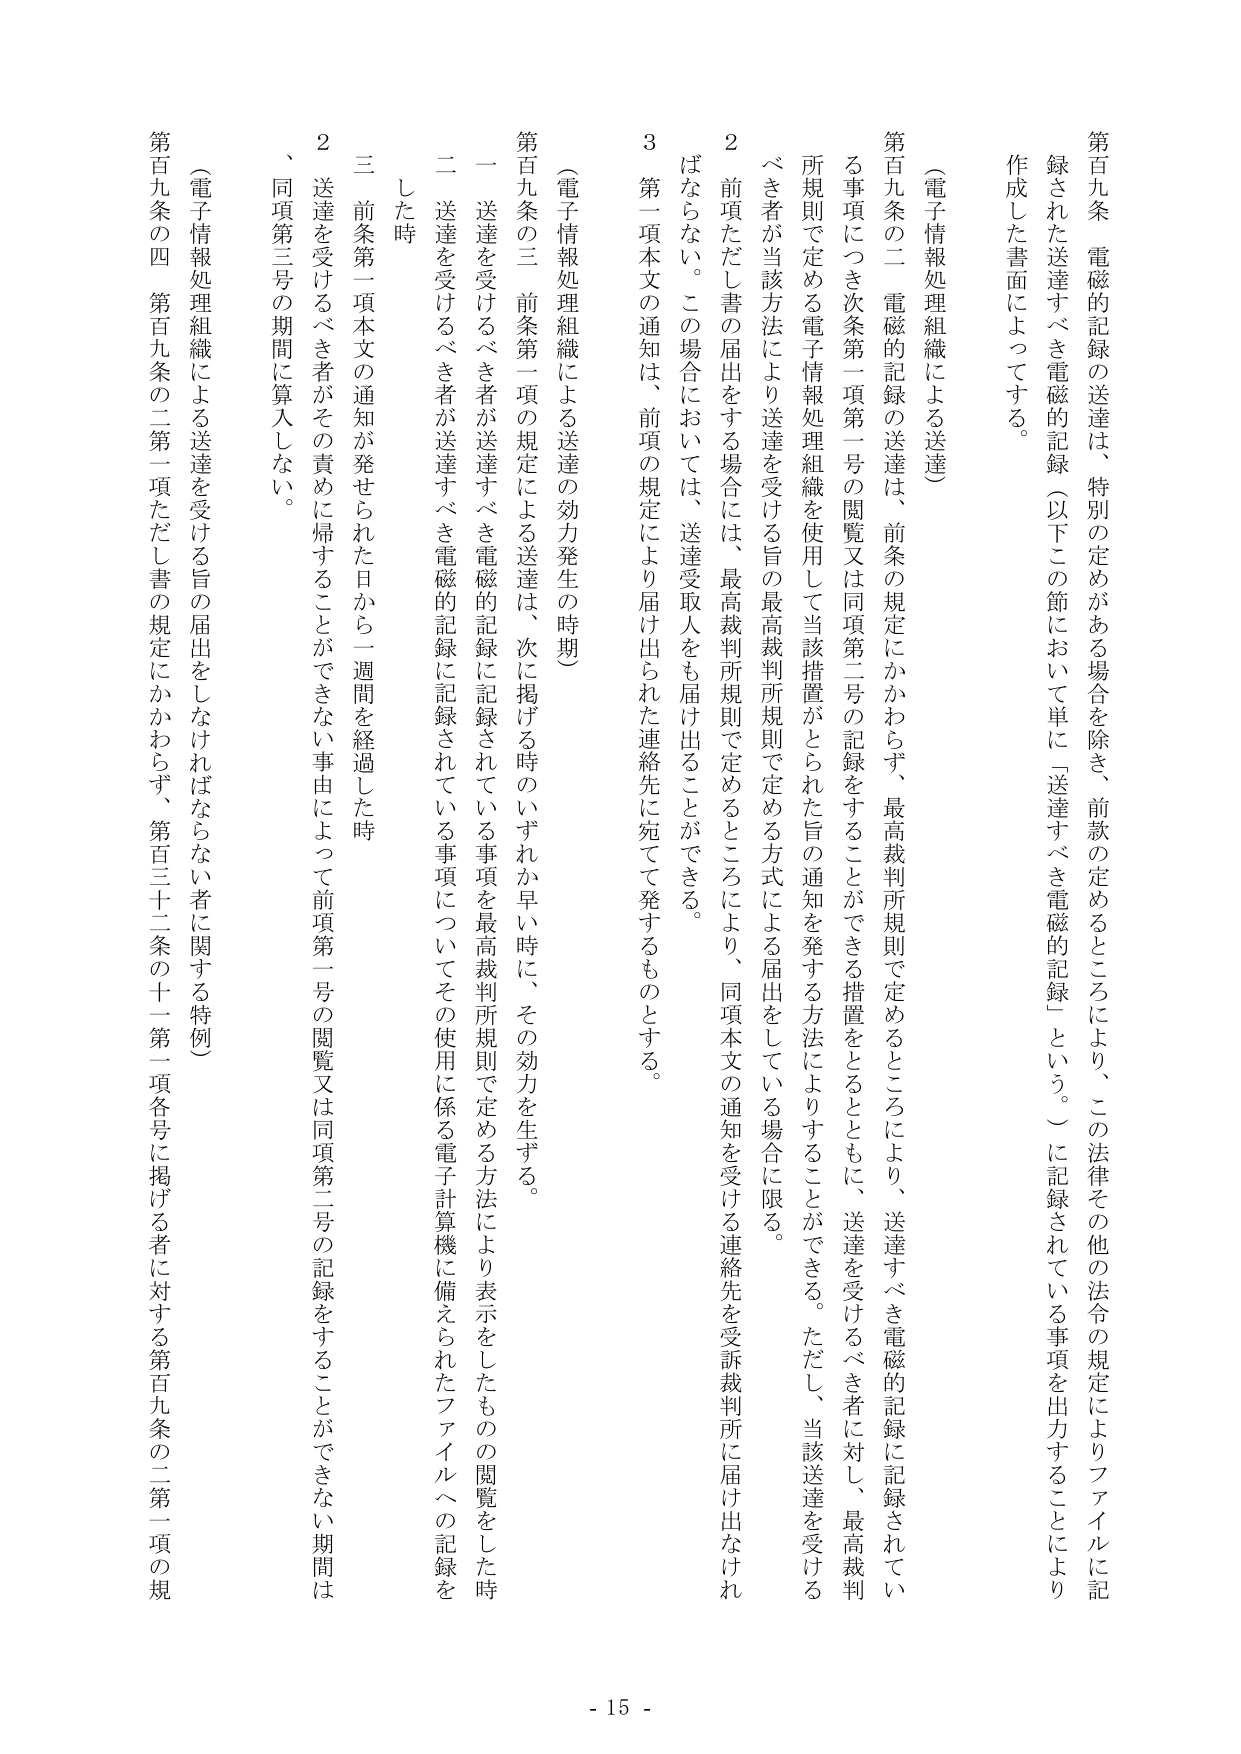
第百九条　電磁的記録の送達は、特別の定めがある場合を除き、前款の定めるところにより、この法律その他の法令の規定によりファイルに記録された送達すべき電磁的記録（以下この節において単に「送達すべき電磁的記録」という。）に記録されている事項を出力することにより作成した書面によってする。

（電子情報処理組織による送達）

第百九条の二　電磁的記録の送達は、前条の規定にかかわらず、最高裁判所規則で定めるところにより、送達すべき電磁的記録に記録されている事項につき次条第一項第一号の閲覧又は同項第二号の記録をすることができる措置をとることともに、送達を受けるべき者に対し、最高裁判所規則で定める電子情報処理組織を使用して当該措置がとられた旨の通知を発する方法によりすることができる。ただし、当該送達を受けるべき者が当該方法により送達を受ける旨の最高裁判所規則で定める方式による届出をしている場合に限る。

２　前項ただし書の届出をする場合には、最高裁判所規則で定めるところにより、同項本文の通知を受ける連絡先を受訴裁判所に届け出なければならない。この場合においては、送達受取人をも届け出ることができる。

３　第一項本文の通知は、前項の規定により届け出られた連絡先に宛てて発するものとする。

（電子情報処理組織による送達の効力発生の時期）

第百九条の三　前条第一項の規定による送達は、次に掲げる時のいずれか早い時に、その効力を生ずる。

一　送達を受けるべき者が送達すべき電磁的記録に記録されている事項を最高裁判所規則で定める方法により表示をしたもの の閲覧をした時

二　送達を受けるべき者が送達すべき電磁的記録に記録されている事項についてその使用に係る電子計算機に備えられたファイルへの記録をした時

三　前条第一項本文の通知が発せられた日から一週間を経過した時

２　送達を受けるべき者がその責めに帰することのできない事由によって前項第一号の閲覧又は同項第二号の記録をすることができない期間は、同項第三号の期間に算入しない。

（電子情報処理組織による送達を受ける旨の届出をしなければならない者に関する特例）

第百九条の四　第百九条の二第一項ただし書の規定にかかわらず、第百三十二条の十一第一項各号に掲げる者に対する第百九条の二第一項の規

- 15 -